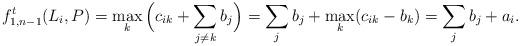
LaTeX: \begin{align*} f^t_{1,n-1}(L_i,P) = \max_k \Big(c_{ik} + \sum_{j \neq k} b_j \Big) = \sum_j b_j + \max_k(c_{ik} - b_k) = \sum_j b_j + a_i.\end{align*}